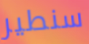
سنطير